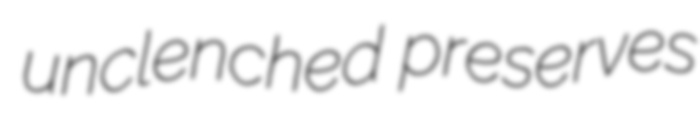
unclenched preserves